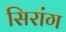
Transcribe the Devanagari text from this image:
सिरांग